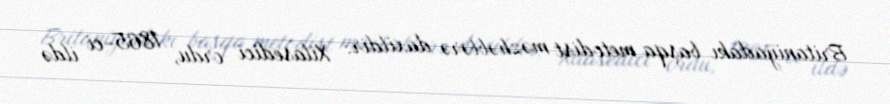
Britaniyadakı başqa metodist məzhəblərə daxildir: Xilasedici ordu, 1865-ci ildə